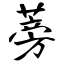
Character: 蒡